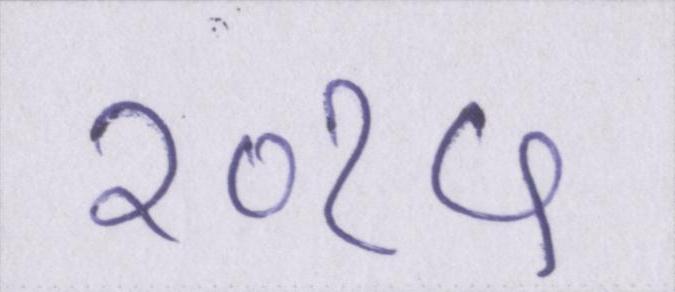
२०१५